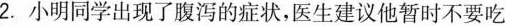
2. 小明同学出现了腹泻的症状，医生建议他暂时不要吃